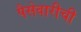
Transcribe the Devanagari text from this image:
पैसेवारीची